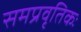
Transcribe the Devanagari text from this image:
समप्रवृतिकः